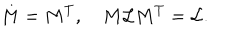
M = M ^ { T } , \quad M { \cal { L } } M ^ { T } = { \cal { L } } .